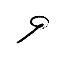
9